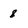
Character: 8